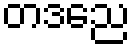
တဒညေ